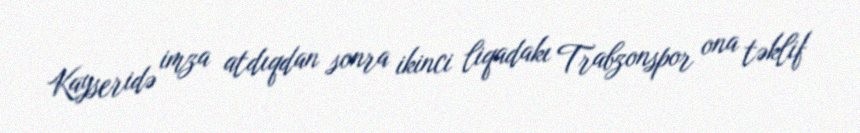
Kayseridə imza atdıqdan sonra ikinci liqadakı Trabzonspor ona təklif